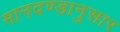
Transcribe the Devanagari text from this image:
मानदण्डानुसार